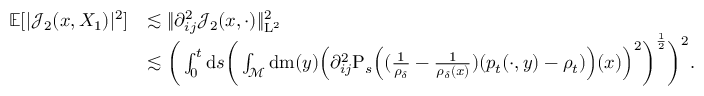
\begin{array} { r l } { \mathbb { E } [ \vert \mathcal { J } _ { 2 } ( x , X _ { 1 } ) \vert ^ { 2 } ] } & { \lesssim \| \partial _ { i j } ^ { 2 } \mathcal { J } _ { 2 } ( x , \cdot ) \| _ { \mathrm { L } ^ { 2 } } ^ { 2 } } \\ & { \lesssim \bigg ( \int _ { 0 } ^ { t } \mathrm { d } s \bigg ( \int _ { \mathcal { M } } \mathrm { d } \mathrm { m } ( y ) \Big ( \partial _ { i j } ^ { 2 } \mathrm { P } _ { s } \Big ( ( \frac { 1 } { \rho _ { \delta } } - \frac { 1 } { \rho _ { \delta } ( x ) } ) ( p _ { t } ( \cdot , y ) - \rho _ { t } ) \Big ) ( x ) \Big ) ^ { 2 } \bigg ) ^ { \frac { 1 } { 2 } } \bigg ) ^ { 2 } . } \end{array}